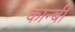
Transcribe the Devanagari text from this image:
कान्बी